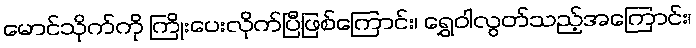
မောင်သိုက်ကို ကြိုးပေးလိုက်ပြီဖြစ်ကြောင်း၊ ရွှေဝါလွတ်သည့်အကြောင်း၊